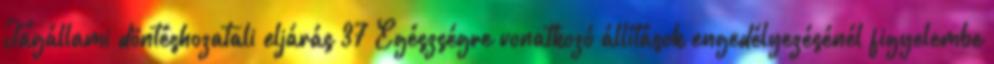
Tagállami döntéshozatali eljárás 37 Egészségre vonatkozó állítások engedélyezésénél figyelembe